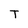
Character: T